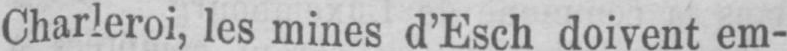
Charleroi, les mines d’Esch doivent em-